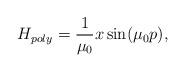
LaTeX: \begin{align*}H_{poly}=\frac{1}{\mu_{0}}x\sin(\mu_{0}p), \end{align*}